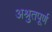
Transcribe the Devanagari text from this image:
अश्रुतपूर्ण